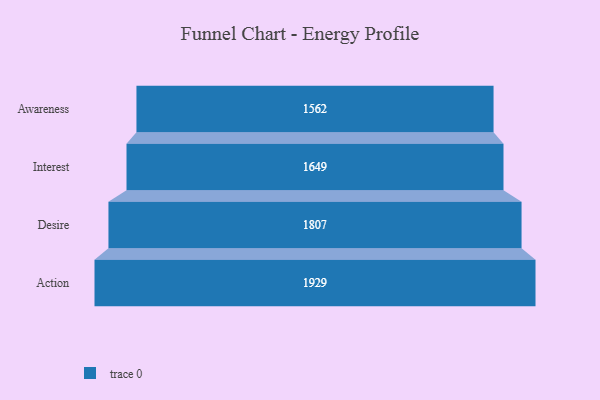
{"axis": {"x": "Stage", "y": "Value"}, "legend": [""], "data": [{"x": "Awareness", "y": 1562.0, "type": ""}, {"x": "Interest", "y": 1649.0, "type": ""}, {"x": "Desire", "y": 1807.0, "type": ""}, {"x": "Action", "y": 1929.0, "type": ""}]}